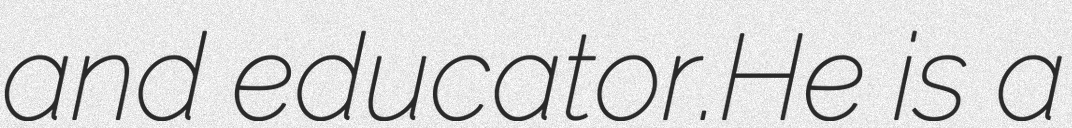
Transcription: and educator.He is a